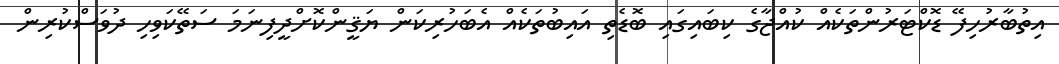
އިތުބާރުހިފޭ ޑޮކްޓަރުންތަކެއް ކުއްޖާގެ ކިބައިގައި ބޮޑެތި އައިބުތަކެއް އެބަހުރިކަން ޔަޤީންކޮށްދީފިނަމަ ސަތޭކަވިހި ދުވަސްކުރިން